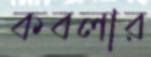
কবলার